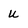
Character: U